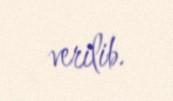
verilib.